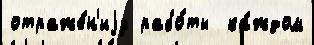
отраже́н'иjу рабо́ты  ка́ждом